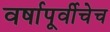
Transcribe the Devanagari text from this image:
वर्षापूर्वीचेच